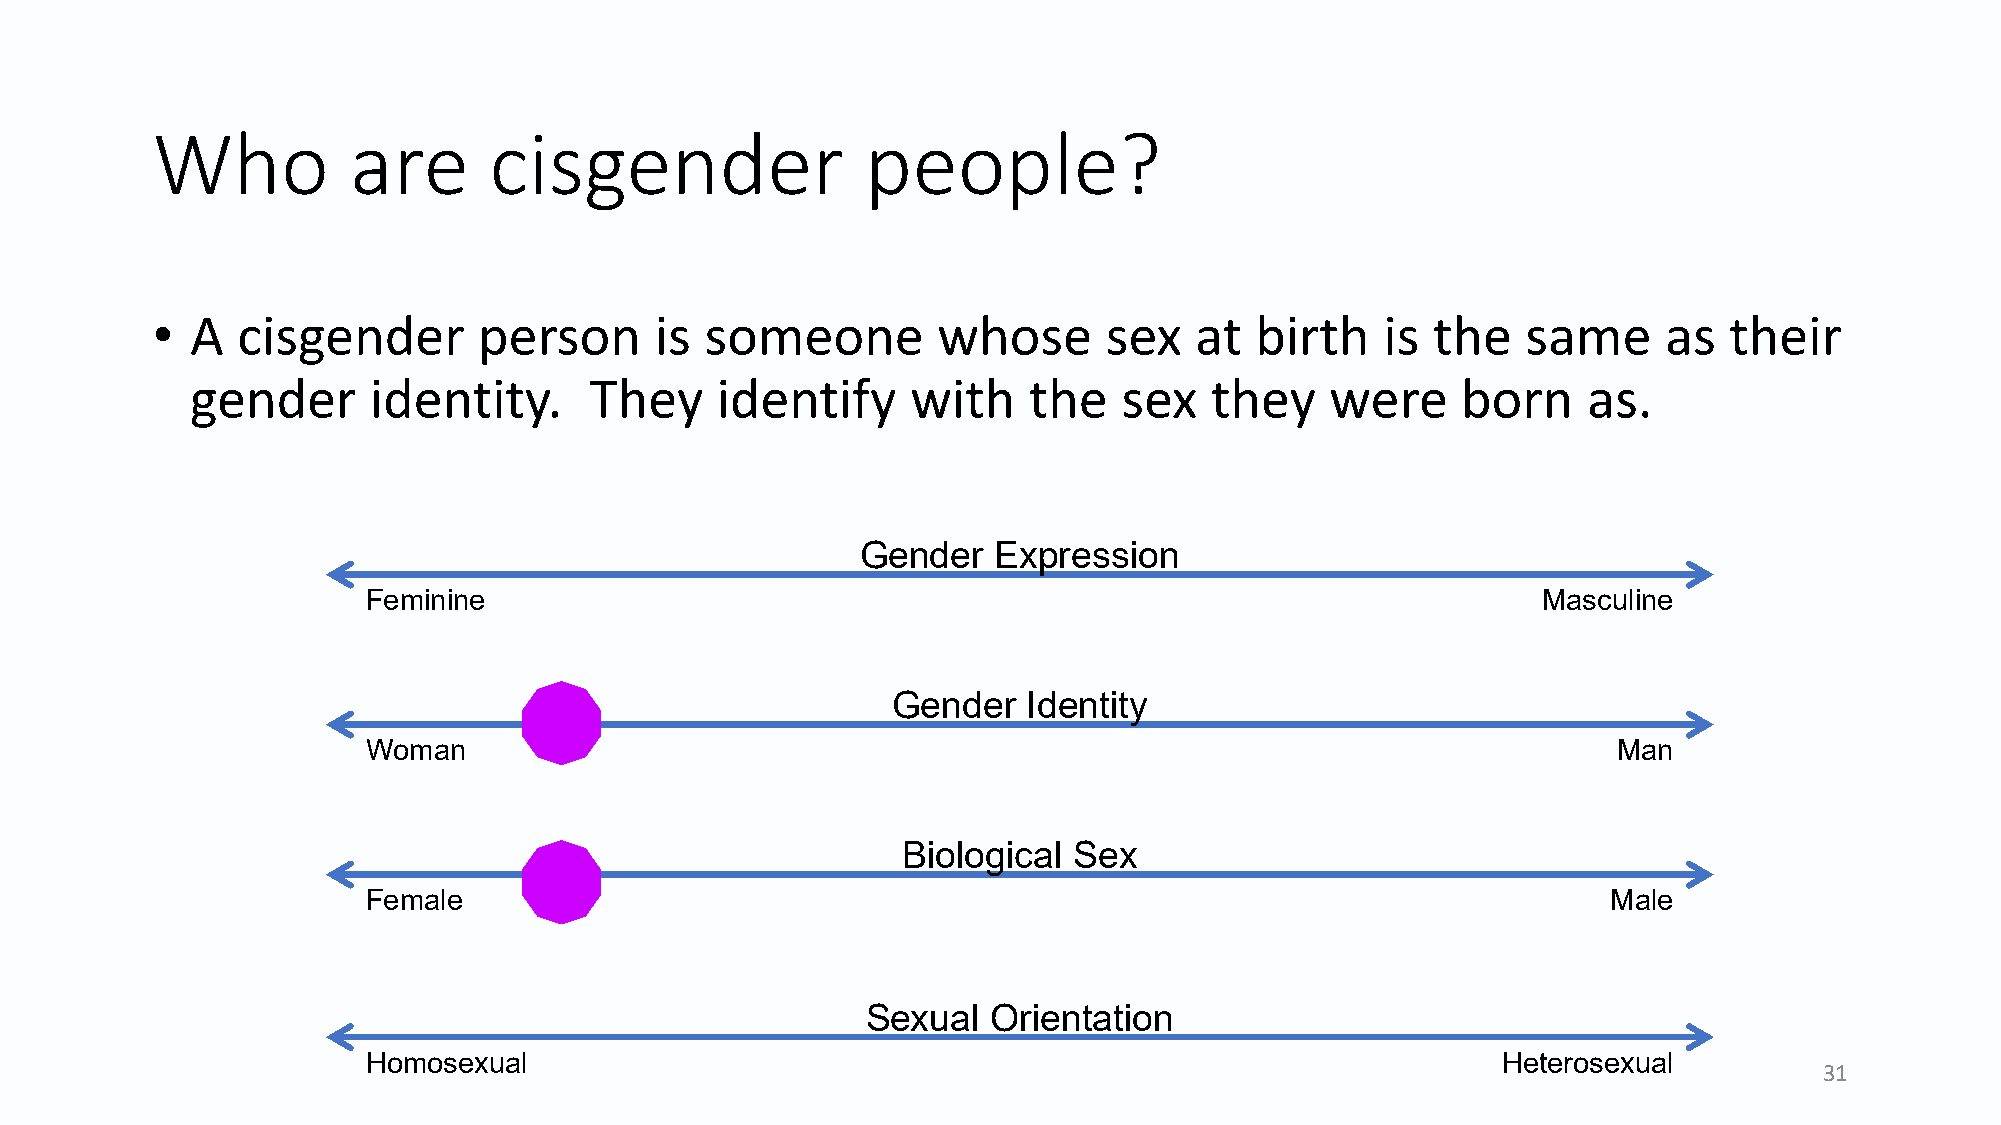
Who          are      cisgender                people?
 •  A  cisgender       person     is  someone        whose      sex   at  birth    is the   same     as  their
 gender     identity.      They    identify     with    the   sex   they    were     born    as.
 Gender   Expression
 Feminine                                                                      Masculine
 Gender   Identity
 Woman                                                                              Man
 Biological Sex
 Female                                                                             Male
 Sexual   Orientation
 Homosexual                                                                 Heterosexual
 31